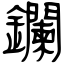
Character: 鑭